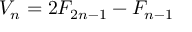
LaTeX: V _ { n } = 2 F _ { 2 n - 1 } - F _ { n - 1 }